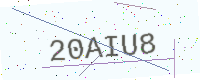
Text: 20AIU8